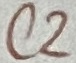
Text: C2